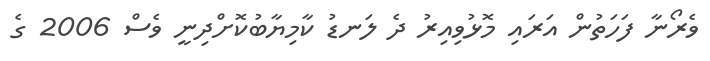
ވެރޯނާ ފަހަތުން އަރައި މޮޅުވިއިރު ދެ ލަނޑު ކާމިޔާބުކޮށްދިނީ ވެސް 2006 ގެ